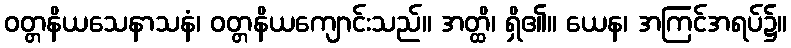
ဝတ္တနိယသေနာသနံ၊ ဝတ္တနိယကျောင်းသည်။ အတ္ထိ၊ ရှိ၏။ ယေန၊ အကြင်အရပ်၌။